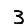
Digit: 3